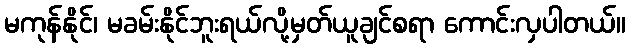
မကုန်နိုင်၊ မခမ်းနိုင်ဘူးရယ်လို့မှတ်ယူချင်စရာ ကောင်းလှပါတယ်။